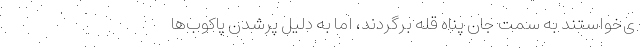
ی‌خواستند به سمت جان پناه قله برگردند، اما به دلیل پرشدن پاکوب‌ها